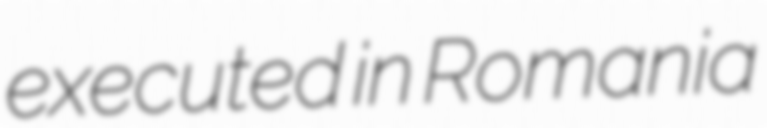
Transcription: executed in Romania